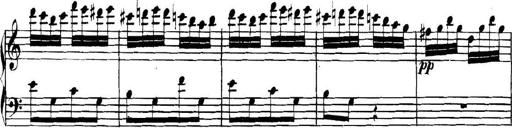
Title: Collected Piano Sonatas
Composer: Muzio Clementi